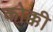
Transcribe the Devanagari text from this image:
कोक्की